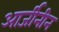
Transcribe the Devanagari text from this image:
आर्जीनीन